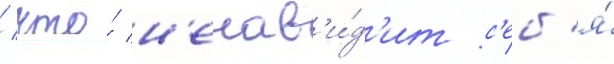
/ что́ н'енав'и́д'ит с'еб'я́